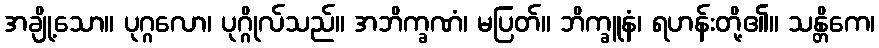
အချို့သော။ ပုဂ္ဂလော၊ ပုဂ္ဂိုလ်သည်။ အဘိက္ခဏံ၊ မပြတ်။ ဘိက္ခူနံ၊ ရဟန်းတို့၏။ သန္တိကေ၊